Scottish Leaving Certificate Examination, 1960
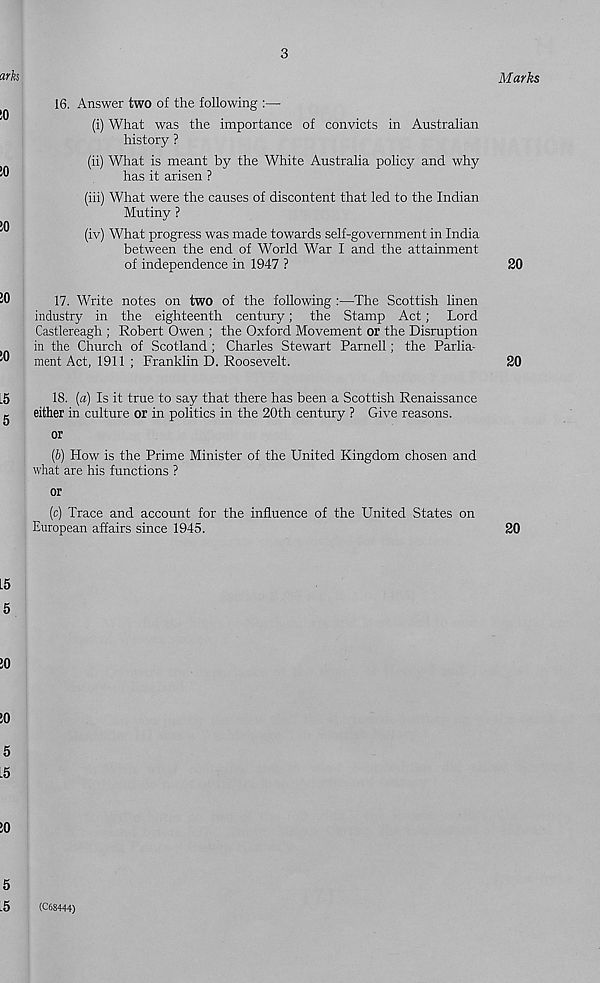
3
16. Answer two of the following :—
(i) What was the importance of convicts in Australian
history ?
(ii) What is meant by the White Australia policy and why
has it arisen ?
(iii) What were the causes of discontent that led to the Indian
Mutiny ?
(iv) What progress was made towards self-government in India
between the end of World War I and the attainment
of independence in 1947 ?
17. Write notes on two of the following :—The Scottish linen
industry in the eighteenth century; the Stamp Act; Lord
Castlereagh ; Robert Owen ; the Oxford Movement or the Disruption
in the Church of Scotland; Charles Stewart Parnell; the Parlia-
ment Act, 1911 ; Franklin D. Roosevelt.
18. (a) Is it true to say that there has been a Scottish Renaissance
either in culture or in politics in the 20th century ? Give reasons.
or
(b) How is the Prime Minister of the United Kingdom chosen and
what are his functions ?
or
(c) Trace and account for the influence of the United States on
European affairs since 1945.
(C68444)